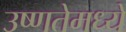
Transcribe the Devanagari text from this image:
उष्णतेमध्ये